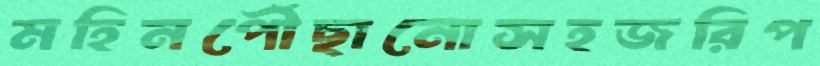
মহিনপৌঁছানোসহজরিপ